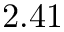
2 . 4 1